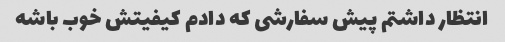
انتظار داشتم پیش سفارشی که دادم کیفیتش خوب باشه